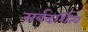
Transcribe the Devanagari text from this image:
सर्वदर्शित्व